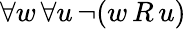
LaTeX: \forall w\, \forall u\, \neg(w\, R\, u)